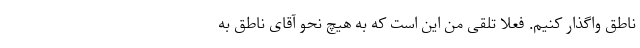
ناطق واگذار کنیم. فعلا تلقی من این است که به هیچ نحو آقای ناطق به